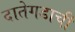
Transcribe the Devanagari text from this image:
दातेगडाची